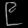
Digit: ၉